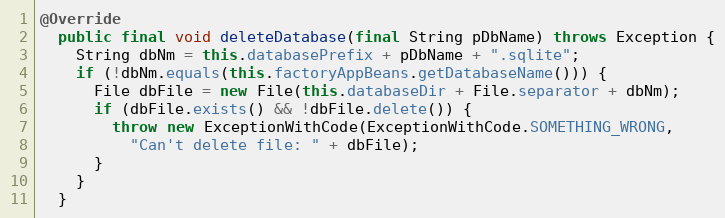
Language: Java
@Override
  public final void deleteDatabase(final String pDbName) throws Exception {
    String dbNm = this.databasePrefix + pDbName + ".sqlite";
    if (!dbNm.equals(this.factoryAppBeans.getDatabaseName())) {
      File dbFile = new File(this.databaseDir + File.separator + dbNm);
      if (dbFile.exists() && !dbFile.delete()) {
        throw new ExceptionWithCode(ExceptionWithCode.SOMETHING_WRONG,
          "Can't delete file: " + dbFile);
      }
    }
  }